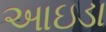
આઇડા